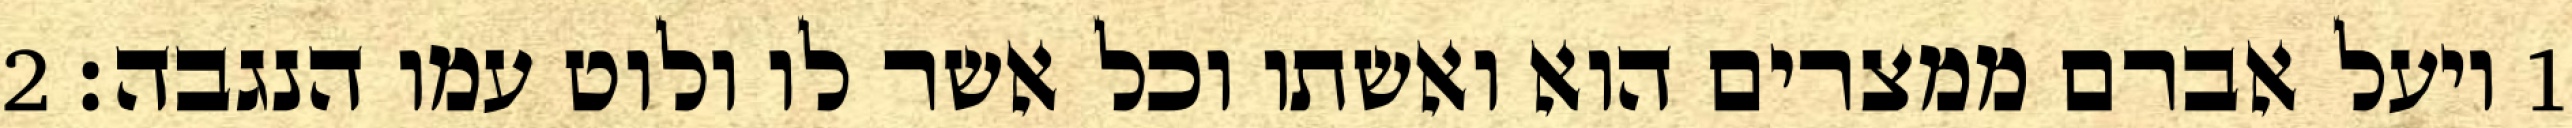
1 ויעל אברם ממצרים הוא ואשתו וכל אשר לו ולוט עמו הנגבה׃ ‎2‏